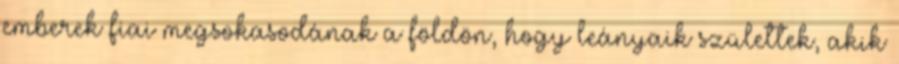
emberek fiai megsokasodának a földön, hogy leányaik születtek, akik